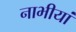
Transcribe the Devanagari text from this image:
नाभीयां